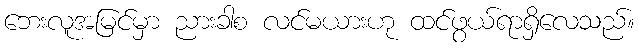
ဘေးလူအမြင်မှာ ညားခါစ လင်မယားဟု ထင်ဖွယ်ရာရှိလေသည်။